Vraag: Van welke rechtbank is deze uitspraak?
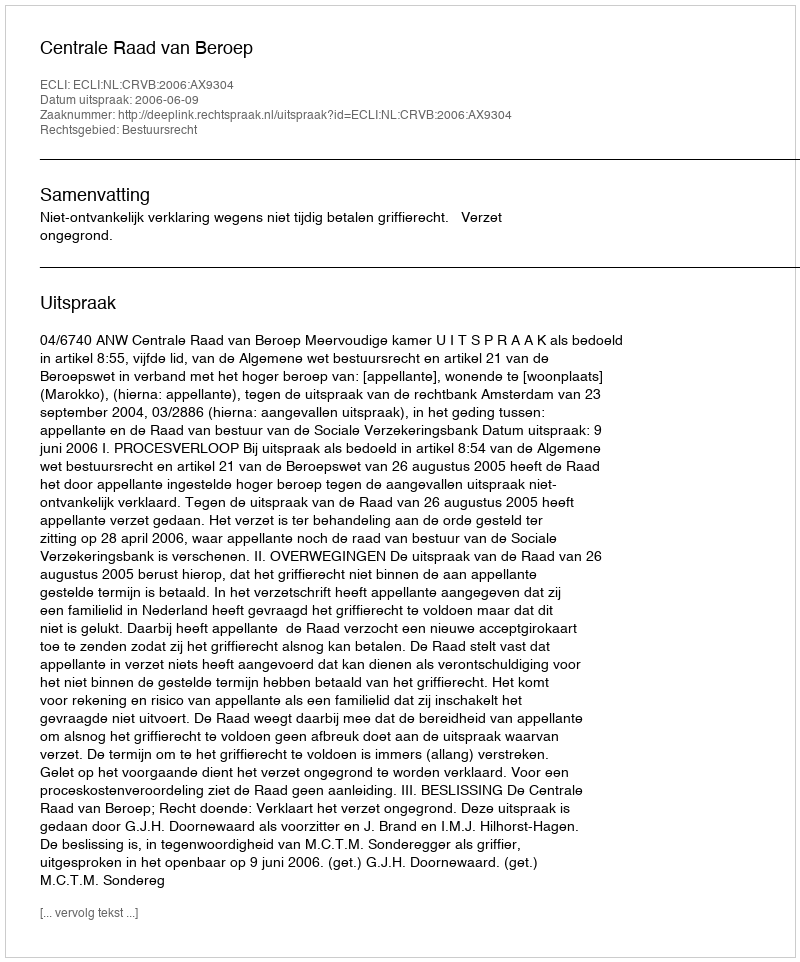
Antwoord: Centrale Raad van Beroep